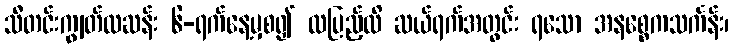
သီတင်းကျွတ်လဆန်း ၆-ရက်နေ့မှစ၍ လပြည့်ထိ ဆယ်ရက်အတွင်း ရသော အနစ္စေကသင်္ကန်း၊